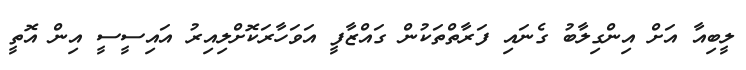
ލީބިއާ އަށް އިންގިލާބު ގެނައި ފަރާތްތަކުން ގައްޒާފީ އަވަހާރަކޮށްލިއިރު އައިސީސީ އިން އޮތީ